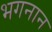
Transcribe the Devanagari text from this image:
भगनान